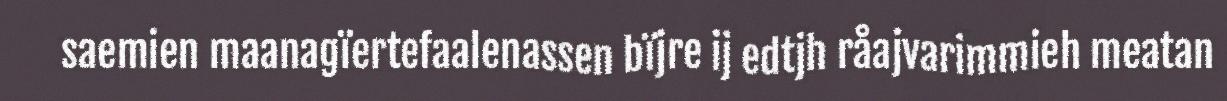
saemien maanagïertefaalenassen bïjre ij edtjh råajvarimmieh meatan